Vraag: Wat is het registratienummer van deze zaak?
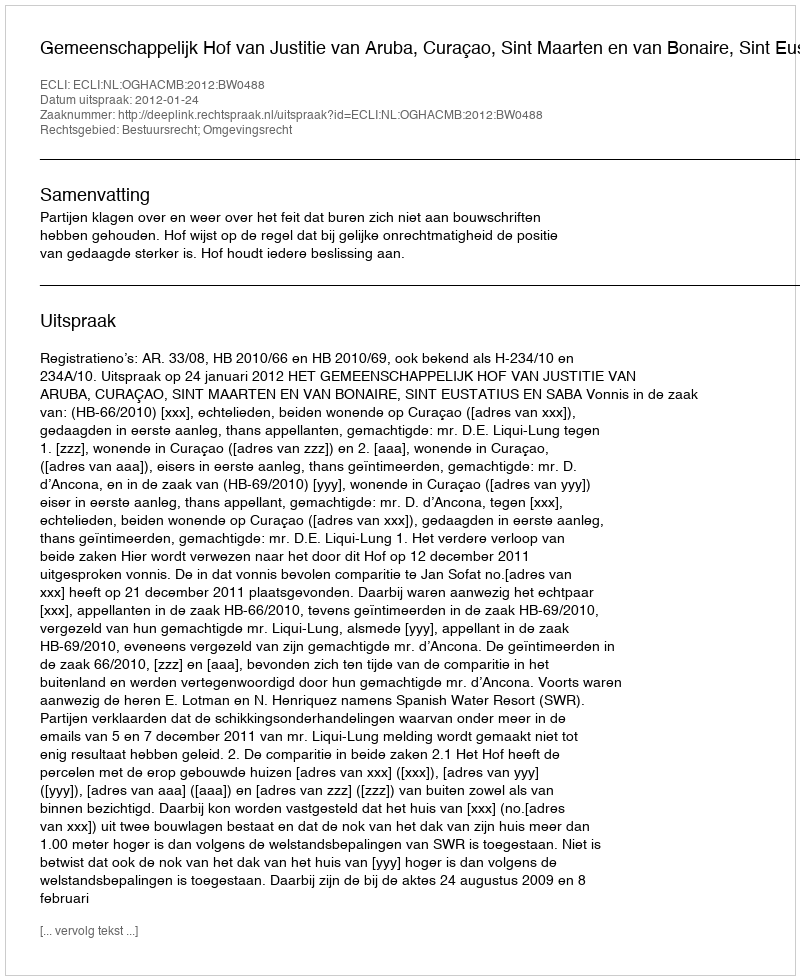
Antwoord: http://deeplink.rechtspraak.nl/uitspraak?id=ECLI:NL:OGHACMB:2012:BW0488